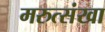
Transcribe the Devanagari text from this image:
मरुत्संखा